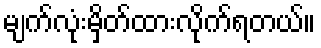
မျက်လုံးမှိတ်ထားလိုက်ရတယ်။